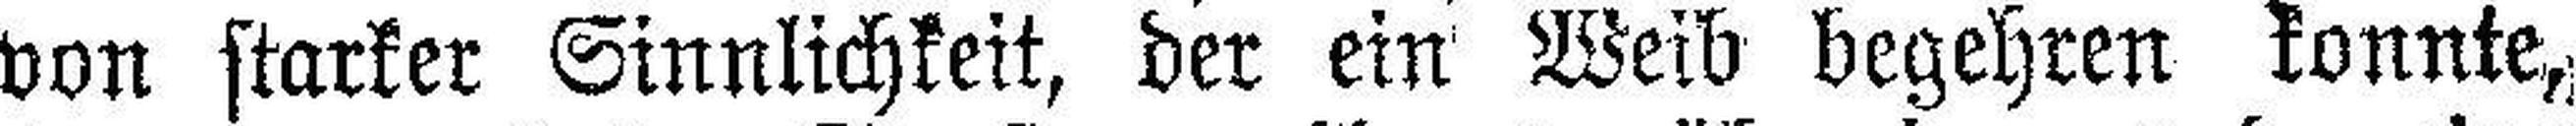
von starker Sinnlichkeit, der ein Weib begehren konnte,